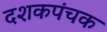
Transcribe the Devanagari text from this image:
दशकपंचक